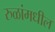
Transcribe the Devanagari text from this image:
रुळांमधील